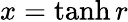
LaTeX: x=\operatorname{tanh}{r}